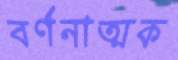
বর্ণনাত্মক